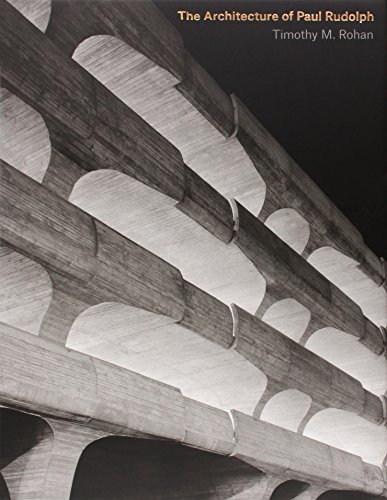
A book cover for The Architecture of Paul Rudolph; Timothy M. Rohan; Arts & Photography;